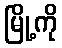
မြို့ကို